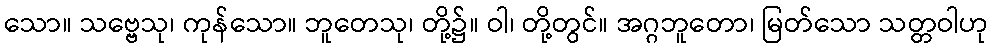
သော။ သဗ္ဗေသု၊ ကုန်သော။ ဘူတေသု၊ တို့၌။ ဝါ၊ တို့တွင်။ အဂ္ဂဘူတော၊ မြတ်သော သတ္တဝါဟု